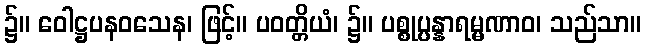
၌။ ဝေါဋ္ဌပနဝသေန၊ ဖြင့်။ ပဝတ္တိယံ၊ ၌။ ပစ္စုပ္ပန္နာရမ္မဏာဝ၊ သည်သာ။